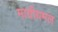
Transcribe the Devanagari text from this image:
मायीयमल